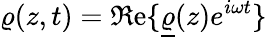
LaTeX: \varrho(z,t)=\Re\mathrm{e}\{ \underline{{\varrho}}(z)e^{i\omega t}\}